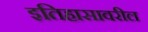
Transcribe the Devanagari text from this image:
इतिहासावरील